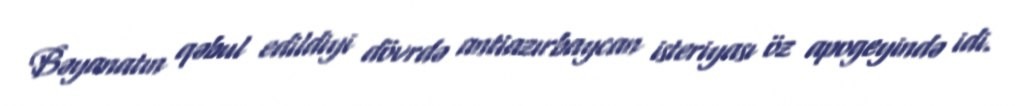
Bəyanatın qəbul edildiyi dövrdə antiazırbaycan isteriyası öz apogeyində idi.